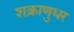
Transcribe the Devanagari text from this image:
शक्राणुधर